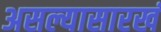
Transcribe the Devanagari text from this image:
असल्यासारखं